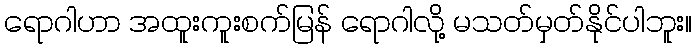
ရောဂါဟာ အထူးကူးစက်မြန် ရောဂါလို့ မသတ်မှတ်နိုင်ပါဘူး။